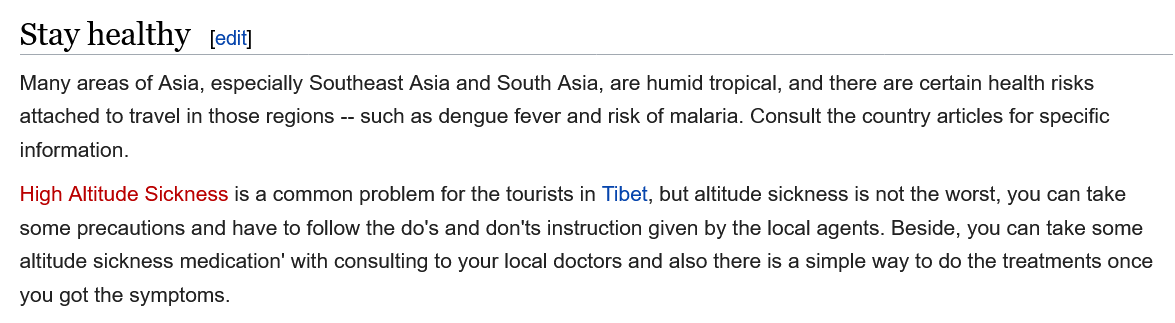
Stay  healthy    [edit]
  Many areas of Asia, especially Southeast Asia and South Asia, are humid tropical, and there are certain health risks
  attached to travel in those regions --
     such as dengue fever and risk of malaria. Consult the country articles for specific
  information.
  High Altitude Sickness is a common problem for the tourists in Tibet, but altitude sickness is not the worst, you can take
  some precautions and have to follow the do's and don'ts instruction given by the local agents. Beside, you can take some
  altitude sickness medication’ with consulting to your local doctors and also there is a simple way to do the treatments onc
  you got the symptoms.